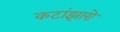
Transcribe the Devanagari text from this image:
कटांझारो